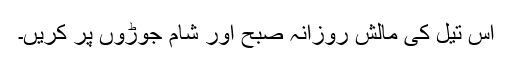
اس تیل کی مالش روزانہ صبح اور شام جوڑوں پر کریں۔